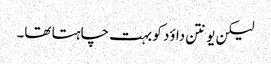
لیکن یونتن داؤد کو بہت چاہتا تھا۔